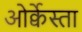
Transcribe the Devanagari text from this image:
ओर्क्वेस्ता